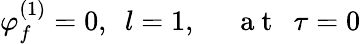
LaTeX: \varphi_{f}^{(1)}=0,~~l=1,~~~~~\mathrm{~a~t~}~~\tau=0